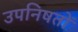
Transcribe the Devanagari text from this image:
उपनिषतों